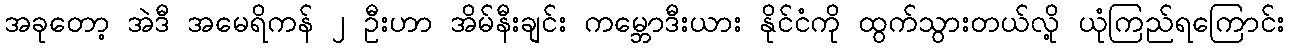
အခုတော့ အဲဒီ အမေရိကန် ၂ ဦးဟာ အိမ်နီးချင်း ကမ္ဘောဒီးယား နိုင်ငံကို ထွက်သွားတယ်လို့ ယုံကြည်ရကြောင်း